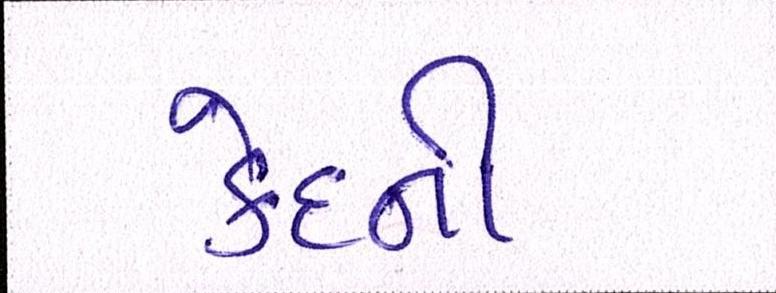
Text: કેદની